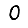
Digit: 0